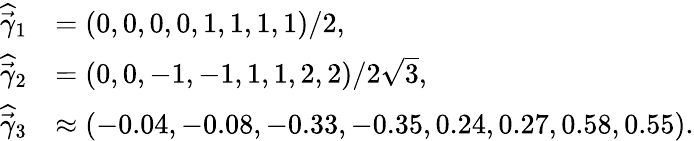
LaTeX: \begin{array}{rl}{\widehat{\vec{\gamma}}_{1}}&{=(0,0,0,0,1,1,1,1)/2,}\\ {\widehat{\vec{\gamma}}_{2}}&{=(0,0,-1,-1,1,1,2,2)/2\sqrt{3},}\\ {\widehat{\vec{\gamma}}_{3}}&{\approx(-0.04,-0.08,-0.33,-0.35,0.24,0.27,0.58,0.55).}\end{array}